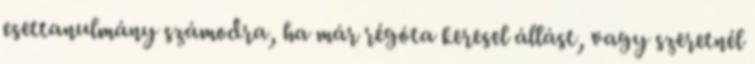
esettanulmány számodra, ha már régóta keresel állást, vagy szeretnél